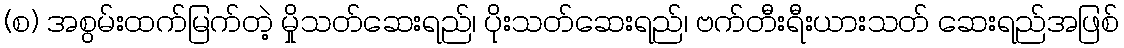
(စ) အစွမ်းထက်မြက်တဲ့ မှိုသတ်ဆေးရည်၊ ပိုးသတ်ဆေးရည်၊ ဗက်တီးရီးယားသတ် ဆေးရည်အဖြစ်